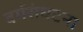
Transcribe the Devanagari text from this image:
वर्गसंघटना